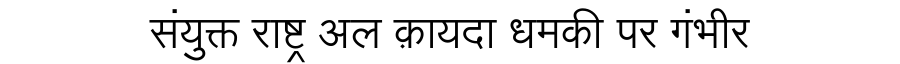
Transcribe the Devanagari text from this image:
संयुक्त राष्ट्र अल क़ायदा धमकी पर गंभीर